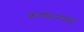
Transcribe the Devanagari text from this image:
कार्यकारीणीचे